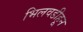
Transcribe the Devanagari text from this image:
भिलवडीहून